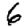
Digit: 6